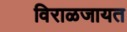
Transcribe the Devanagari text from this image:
विराळजायत